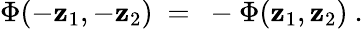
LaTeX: \Phi(-\mathbf{z}_{1},-\mathbf{z}_{2})~=~-\Phi(\mathbf{z}_{1},\mathbf{z}_{2})~.